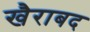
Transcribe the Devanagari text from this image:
खैराबद